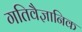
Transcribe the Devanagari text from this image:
गतिवैज्ञानिक